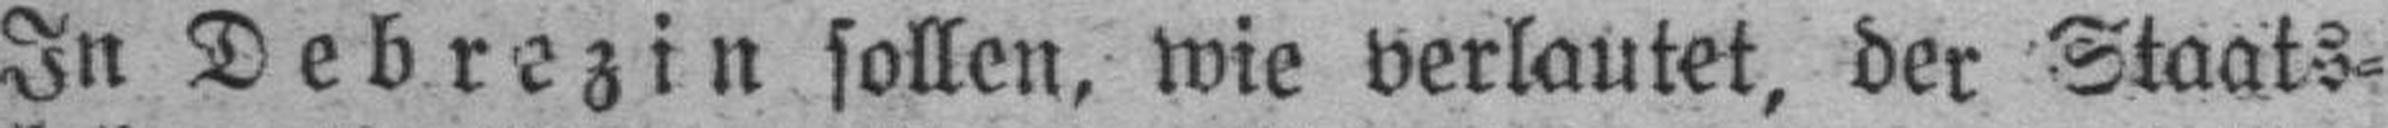
In Debrezin sollen, wie verlautet, der Staats¬